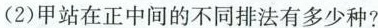
(2)甲站在正中间的不同排法有多少种?